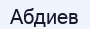
Абдиев